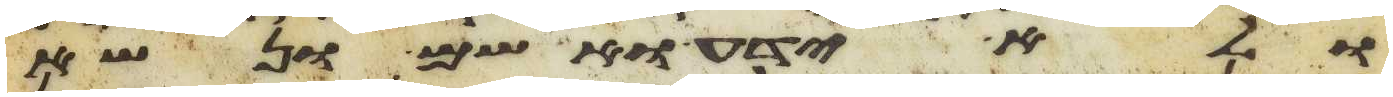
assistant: ולא ידע ואשם ונשא